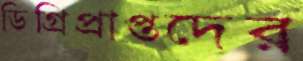
ডিগ্রিপ্রাপ্তদের